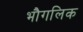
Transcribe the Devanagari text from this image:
भौगलिक